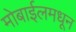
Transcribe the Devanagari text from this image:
मोबाईलमधून